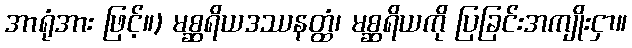
အာရုံအား ဖြင့်။) မစ္ဆရိယဒဿနတ္ထံ၊ မစ္ဆရိယကို ပြခြင်းအကျိုးငှာ။